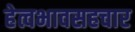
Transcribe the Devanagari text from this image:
हेत्वभावसहचार